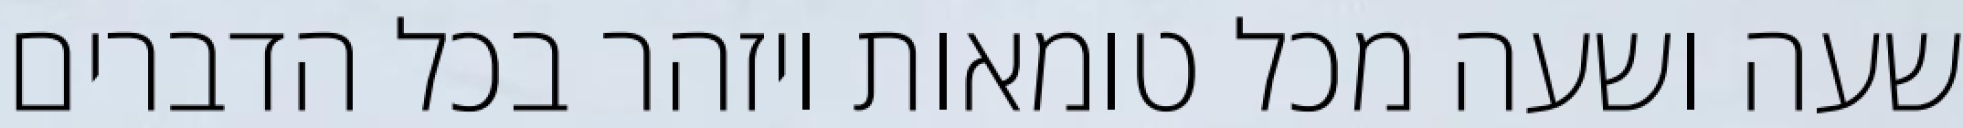
שעה ושעה מכל טומאות ויזהר בכל הדברים